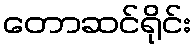
တောဆင်ရိုင်း